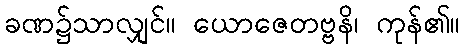
ခဏ၌သာလျှင်။ ယောဇေတဗ္ဗနိ၊ ကုန်၏။